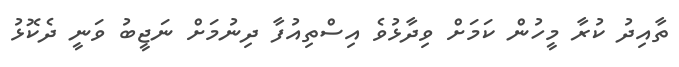
ތާއިދު ކުރާ މީހުން ކަމަށް ވިދާޅުވެ އިސްތިއުފާ ދިނުމަށް ނަޖީބު ވަނީ ދެކޮޅު